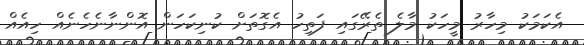
އެކަމަކު މިހާރު މީހަކު މާލެ ތެރޭގައި ފަތިހު އެގޮތަށް ކުނިކަހަން އޮންނާނެހެނެއް ހިއެއް